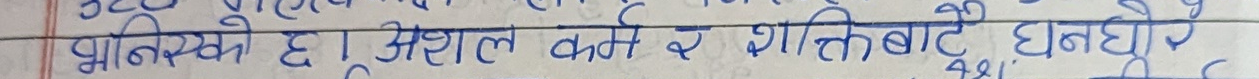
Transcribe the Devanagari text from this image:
भनिएको छ। असल कर्म र शान्तिबाटै धन घोर